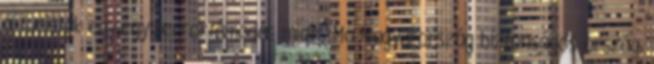
a turisták egy-egy terrortámadás miatt. Ma Magyarország biztonságos ország,